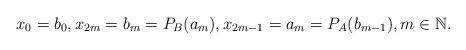
LaTeX: \begin{align*}x_0=b_0,x_{2m}=b_m=P_{B}(a_m),x_{2m-1}=a_m=P_{A}(b_{m-1}),m \in \mathbb{N}.\end{align*}